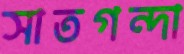
সাতগন্দা